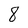
Character: 8